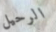
الرحيل